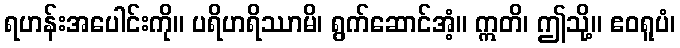
ရဟန်းအပေါင်းကို။ ပရိဟရိဿာမိ၊ ရွက်ဆောင်အံ့။ ဣတိ၊ ဤသို့။ ဧဝရူပံ၊